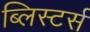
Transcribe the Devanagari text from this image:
ब्लिस्टर्स